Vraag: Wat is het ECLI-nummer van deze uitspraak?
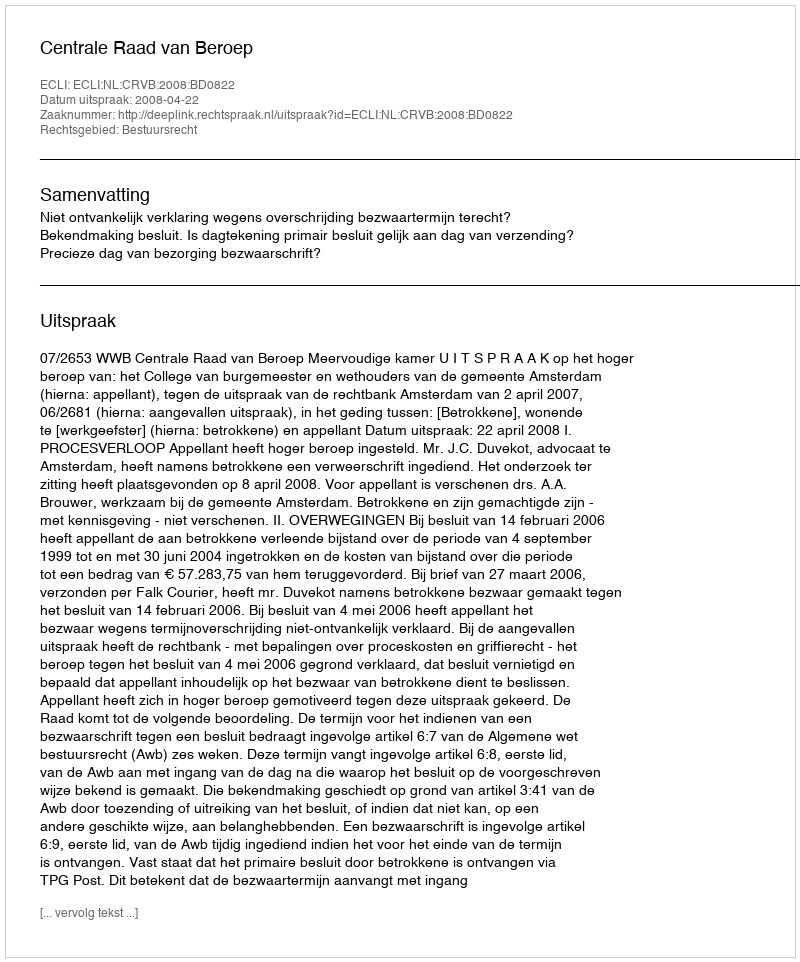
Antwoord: ECLI:NL:CRVB:2008:BD0822